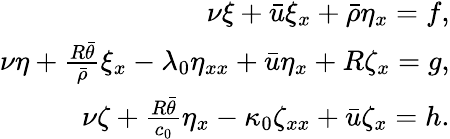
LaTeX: \begin{array}{r}{\nu\xi+\bar{u}\xi_{x}+\bar{\rho}\eta_{x}=f,}\\ {\nu\eta+\frac{R\bar{\theta}}{\bar{\rho}}\xi_{x}-\lambda_{0}\eta_{xx}+\bar{u}\eta_{x}+R\zeta_{x}=g,}\\ {\nu\zeta+\frac{R\bar{\theta}}{c_{0}}\eta_{x}-\kappa_{0}\zeta_{xx}+\bar{u}\zeta_{x}=h.}\end{array}